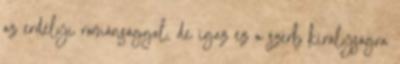
az erdélyi románsággal, de igaz ez a szerb királyságra